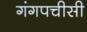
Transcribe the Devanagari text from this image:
गंगपचीसी